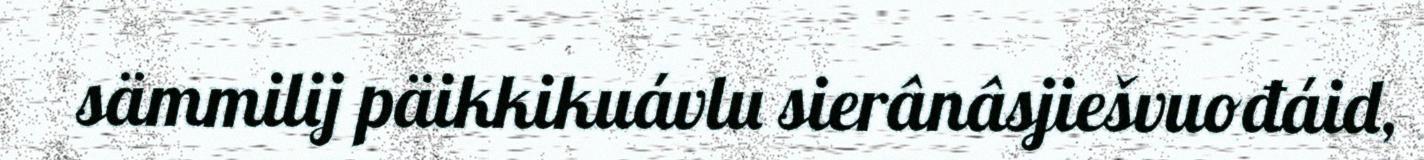
sämmilij päikkikuávlu sierânâsjiešvuođáid,